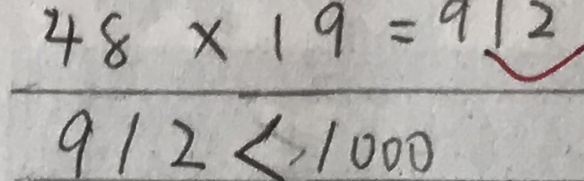
4 8 \times 1 9 = 9 1 2 9 1 2 < 1 0 0 0